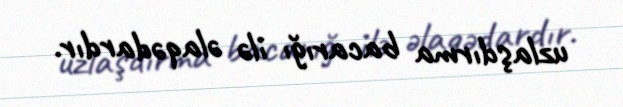
uzlaşdırma bacarığı ilə əlaqədardır.